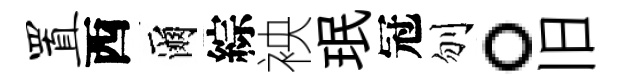
置西爾綜䘧珉冠刎。旧